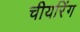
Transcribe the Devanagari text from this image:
चीयरिंग